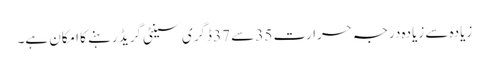
زیادہ سے زیادہ درجہ حرارت 35 سے 37 ڈگری سینٹی گریڈ رہنے کا امکان ہے۔